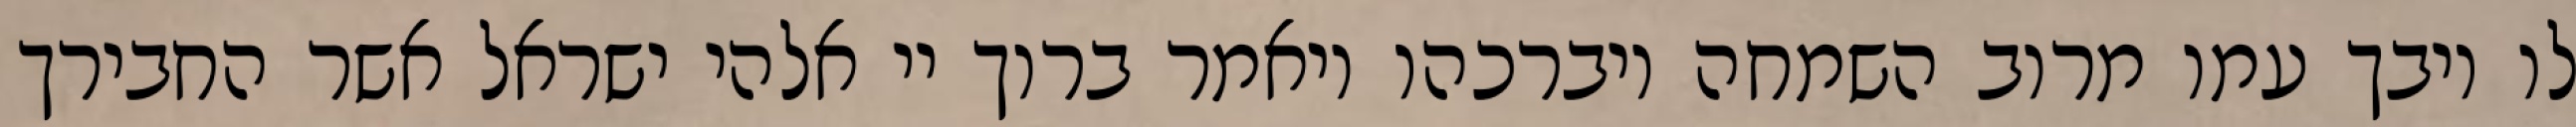
לו ויבך עמו מרוב השמחה ויברכהו ויאמר ברוך יי אלהי ישראל אשר החבירך